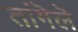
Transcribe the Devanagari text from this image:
तांगॆलॆ